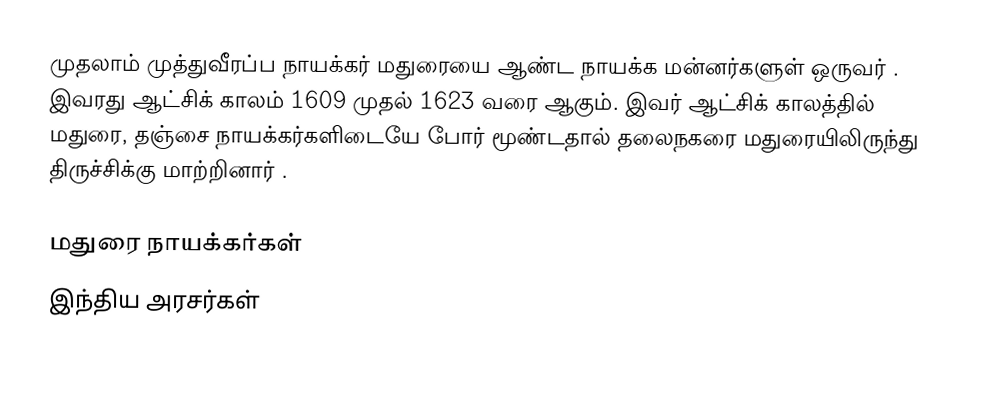
முதலாம் முத்துவீரப்ப நாயக்கர் மதுரையை ஆண்ட நாயக்க மன்னர்களுள் ஒருவர் . இவரது  ஆட்சிக் காலம் 1609 முதல் 1623 வரை ஆகும். இவர்  ஆட்சிக் காலத்தில் மதுரை, தஞ்சை நாயக்கர்களிடையே போர் மூண்டதால் தலைநகரை மதுரையிலிருந்து திருச்சிக்கு மாற்றினார் .

மதுரை நாயக்கர்கள்
 இந்திய அரசர்கள்